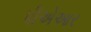
પીએઆર